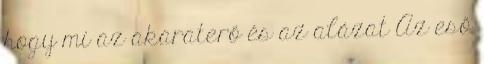
hogy mi az akaraterő és az alázat Az eső